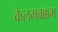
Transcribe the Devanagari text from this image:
केलमबक्कम